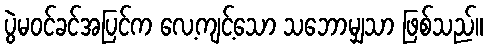
ပွဲမဝင်ခင်အပြင်က လေ့ကျင့်သော သဘောမျှသာ ဖြစ်သည်။